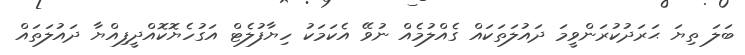
ބަލަ ތިޔަ ޙަރަދުކުރަންވީމަ ދައުލަތަކައް ގެއްލުމެއް ނުވޭ އެކަމަކު ހިޔާފުލެޓް އަގުހެޔޮކޮއްދީފިއްޔާ ދައުލަތައް